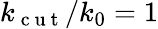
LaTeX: k_{\mathrm{~c~u~t~}}/k_{0}=1